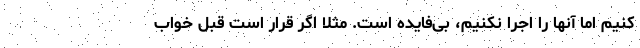
کنیم اما آنها را اجرا نکنیم، بی‌فایده است. مثلا اگر قرار است قبل خواب